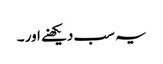
یہ سب دیکھنے اور ۔